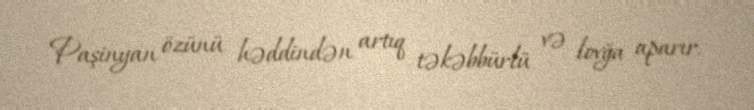
Paşinyan özünü həddindən artıq təkəbbürlü və lovğa aparır.